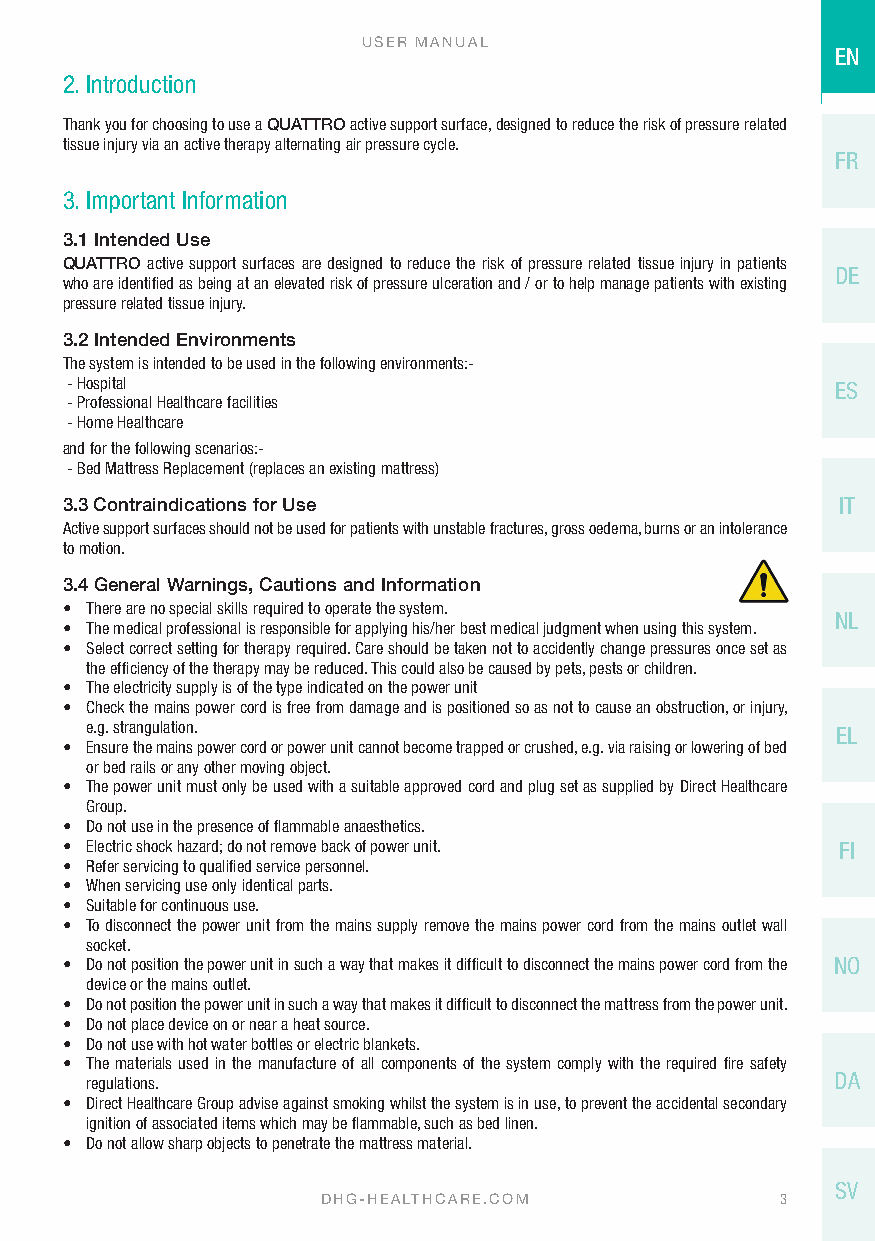
USER MANUAL
 EN
 2. Introduction
 Thank you for choosing to use a QUATTRO active support surface, designed to reduce the risk of pressure related
 tissue injury via an active therapy alternating air pressure cycle.
 FR
 3. Important Information
 3.1 Intended Use
 QUATTRO active support surfaces are designed to reduce the risk of pressure related tissue injury in patients
 DE
 who are identified as being at an elevated risk of pressure ulceration and / or to help manage patients with existing
 pressure related tissue injury.
 3.2 Intended Environments
 The system is intended to be used in the following environments:-
 - Hospital                                         ES
 - Professional Healthcare facilities
 - Home Healthcare
 and for the following scenarios:-
 - Bed Mattress Replacement (replaces an existing mattress)
 3.3 Contraindications for Use                      IT
 Active support surfaces should not be used for patients with unstable fractures, gross oedema, burns or an intolerance
 to motion.
 3.4 General Warnings, Cautions and Information
 • There are no special skills required to operate the system.
 NL
 • The medical professional is responsible for applying his/her best medical judgment when using this system.
 • Select correct setting for therapy required. Care should be taken not to accidently change pressures once set as
 the efficiency of the therapy may be reduced. This could also be caused by pets, pests or children.
 • The electricity supply is of the type indicated on the power unit
 • Check the mains power cord is free from damage and is positioned so as not to cause an obstruction, or injury,
 e.g. strangulation.                              EL
 • Ensure the mains power cord or power unit cannot become trapped or crushed, e.g. via raising or lowering of bed
 or bed rails or any other moving object.
 • The power unit must only be used with a suitable approved cord and plug set as supplied by Direct Healthcare
 Group.
 • Do not use in the presence of flammable anaesthetics.
 • Electric shock hazard; do not remove back of power unit. FI
 • Refer servicing to qualified service personnel.
 • When servicing use only identical parts.
 • Suitable for continuous use.
 • To disconnect the power unit from the mains supply remove the mains power cord from the mains outlet wall
 socket.
 • Do not position the power unit in such a way that makes it difficult to disconnect the mains power cord from the NO
 device or the mains outlet.
 • Do not position the power unit in such a way that makes it difficult to disconnect the mattress from the power unit.
 • Do not place device on or near a heat source.
 • Do not use with hot water bottles or electric blankets.
 • The materials used in the manufacture of all components of the system comply with the required fire safety
 DA
 regulations.
 • Direct Healthcare Group advise against smoking whilst the system is in use, to prevent the accidental secondary
 ignition of associated items which may be flammable, such as bed linen.
 • Do not allow sharp objects to penetrate the mattress material.
 SV
 DHG-HEALTHCARE.COM             3